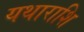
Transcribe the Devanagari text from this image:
यथाराशि